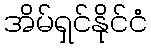
အိမ်ရှင်နိုင်ငံ